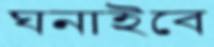
ঘনাইবে